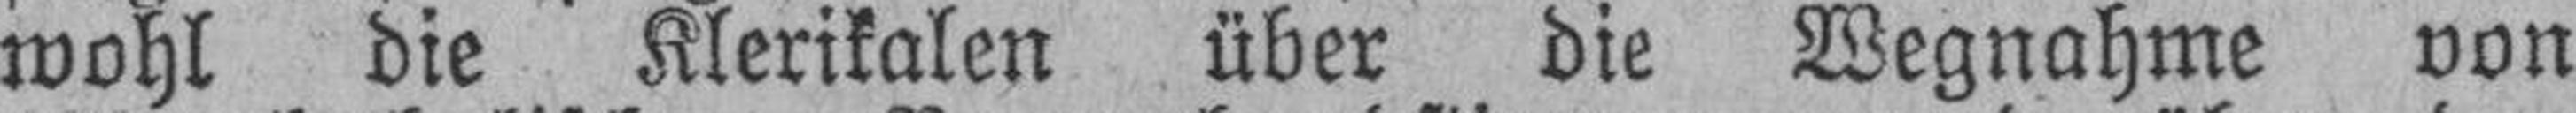
wohl die Klerikalen über die Wegnahme von